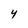
Character: 4